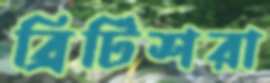
ব্রিটিশরা